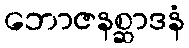
ဘောဇနစ္ဆာဒနံ